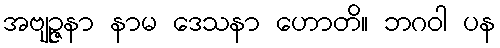
အဗျဉ္ဇနာ နာမ ဒေသနာ ဟောတိ။ ဘဂဝါ ပန